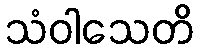
သံဝါသေတိ